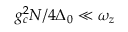
g _ { c } ^ { 2 } N / 4 \Delta _ { 0 } \ll \omega _ { z }